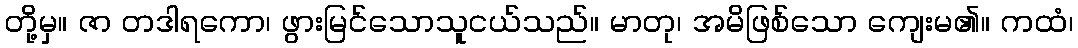
တို့မှ။ ဇာ တဒါရကော၊ ဖွားမြင်သောသူငယ်သည်။ မာတု၊ အမိဖြစ်သော ကျေးမ၏။ ကထံ၊